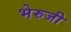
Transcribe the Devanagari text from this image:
भेरुजी